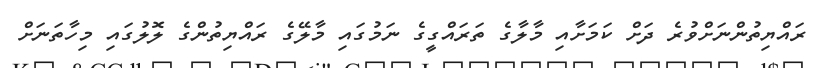
ރައްޔިތުންނަށްވުރެ ދަށް ކަމަށާއި މާލާގެ ތަރައްގީގެ ނަމުގައި މާލޭގެ ރައްޔިތުންގެ ލޮލުގައި މިހާތަނަށް